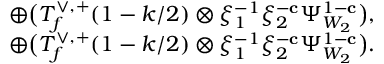
\begin{array} { r l } & { \oplus \bigl ( T _ { f } ^ { \vee , + } ( 1 - k / 2 ) \otimes \xi _ { 1 } ^ { - 1 } \xi _ { 2 } ^ { - \mathbf { c } } \Psi _ { W _ { 2 } } ^ { 1 - \mathbf { c } } \bigr ) , } \\ & { \oplus \bigl ( T _ { f } ^ { \vee , + } ( 1 - k / 2 ) \otimes \xi _ { 1 } ^ { - 1 } \xi _ { 2 } ^ { - \mathbf { c } } \Psi _ { W _ { 2 } } ^ { 1 - \mathbf { c } } \bigr ) . } \end{array}